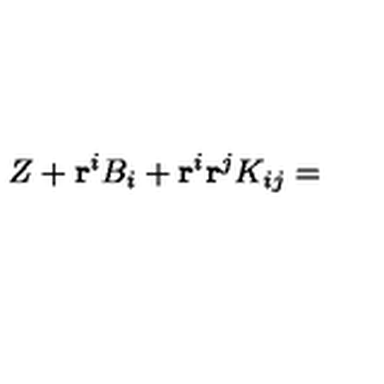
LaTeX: Z + \mathbf { r } ^ { i } B _ { i } + \mathbf { r } ^ { i } \mathbf { r } ^ { j } K _ { i j } =